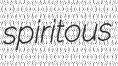
spiritous